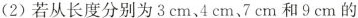
(2)若从长度分别为3cm、4cm、7cm和9cm的